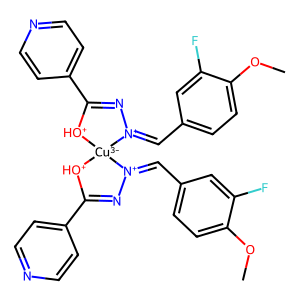
SMILES: COc1ccc(C=[N+]2N=C(c3ccncc3)[OH+][Cu-3]23[OH+]C(c2ccncc2)=N[N+]3=Cc2ccc(OC)c(F)c2)cc1F
Inhibits HIV replication: No